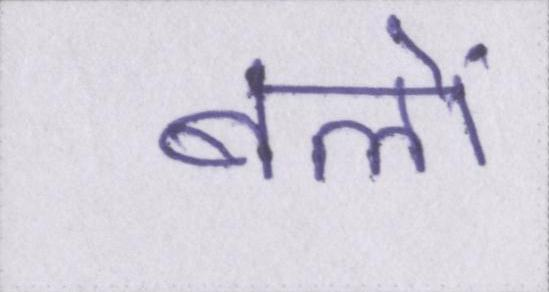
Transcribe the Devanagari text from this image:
बलों